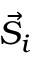
{ \vec { S } } _ { i }